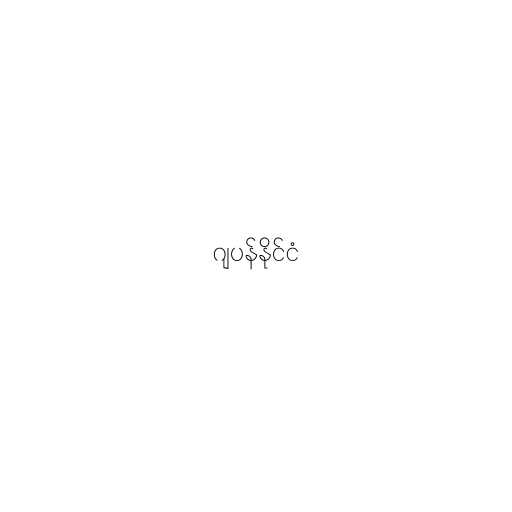
ဂျပန်နိုင်ငံ